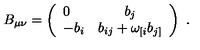
B _ { \mu \nu } = \left( \begin{array} { l c } { 0 } & { b _ { j } } \\ { - b _ { i } } & { b _ { i j } + \omega _ { [ i } b _ { j ] } } \\ \end{array} \right) \ .